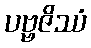
ပဗ္ဗဇိဿံ